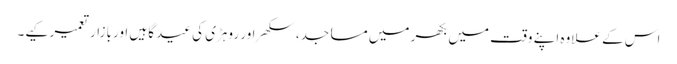
اس کے علاوہ اپنے وقت میں بکھر میں مساجد، سکھر اور روہڑی کی عید گاہیں اور بازار تعمیر کیے۔